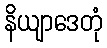
နိယျာဒေတုံ